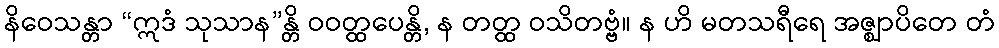
နိဝေသန္တာ “ဣဒံ သုသာန”န္တိ ဝဝတ္ထပေန္တိ, န တတ္ထ ဝသိတဗ္ဗံ။ န ဟိ မတသရီရေ အဇ္ဈာပိတေ တံ